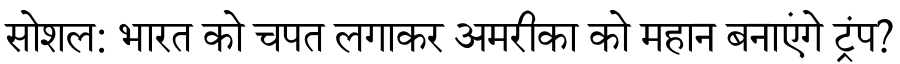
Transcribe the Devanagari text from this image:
सोशल: भारत को चपत लगाकर अमरीका को महान बनाएंगे ट्रंप?